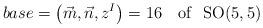
LaTeX: \begin{align*}base=\left( \vec{m},\vec{n},z^I\right) =16{\rm \ \ {\ of }\ \ SO(5,5)}\end{align*}